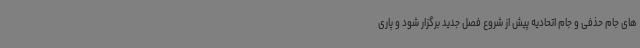
های جام حذفی و جام اتحادیه پیش از شروع فصل جدید برگزار شود و پاری